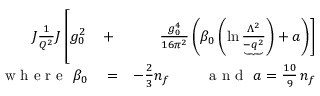
\begin{array} { r l r } { \! \! \! \! \! \! \! \! \! \! \! \! J { \frac { 1 } { Q ^ { 2 } } } J \left[ \rule { 0 cm } { 7 mm } g _ { 0 } ^ { 2 } \right. } & { { } + } & { \left. { \frac { g _ { 0 } ^ { 4 } } { 1 6 \pi ^ { 2 } } } \left( \beta _ { 0 } \left( \ln { \frac { \Lambda ^ { 2 } } { \underbrace { - q ^ { 2 } } } } \right) + a \right) \right] } \\ { \mathrm { ~ w ~ h ~ e ~ r ~ e ~ \ } \beta _ { 0 } } & { { } = } & { - \frac 2 3 n _ { f } \mathrm { ~ \qquad ~ a ~ n ~ d ~ \ } a = \frac { 1 0 } 9 \, n _ { f } } \end{array}